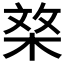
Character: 𣓰